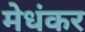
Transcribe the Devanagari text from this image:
मेधंकर